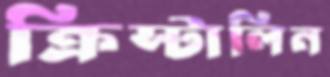
ক্রিস্টালিন